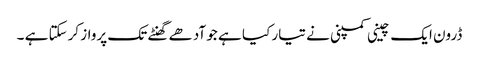
ڈرون ایک چینی کمپنی نے تیار کیا ہے جو آدھے گھنٹے تک پرواز کرسکتا ہے ۔